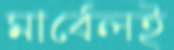
মার্বেলই